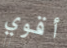
أقوي